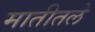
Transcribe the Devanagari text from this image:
मातीतले